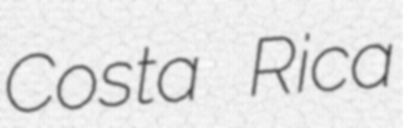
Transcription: Costa Rica